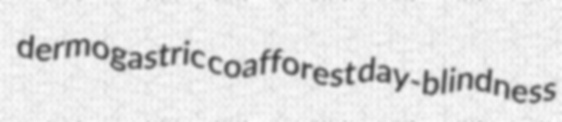
dermogastric coafforest day-blindness